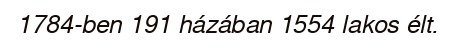
1784-ben 191 házában 1554 lakos élt.